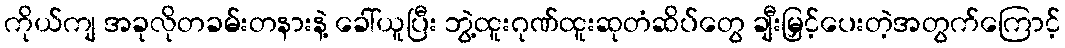
ကိုယ်ကျ အခုလိုတခမ်းတနားနဲ့ ခေါ်ယူပြီး ဘွဲ့ထူးဂုဏ်ထူးဆုတံဆိပ်တွေ ချီးမြှင့်ပေးတဲ့အတွက်ကြောင့်